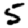
Digit: 5